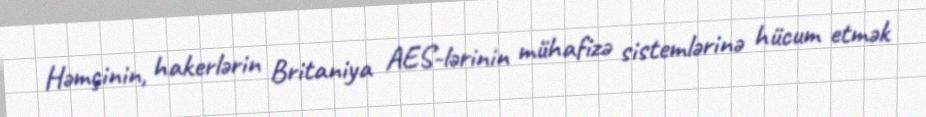
Həmçinin, hakerlərin Britaniya AES-lərinin mühafizə sistemlərinə hücum etmək